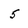
Character: 5